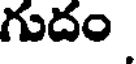
గుదం